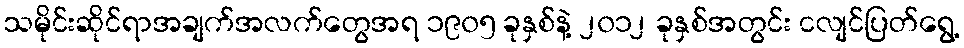
သမိုင်းဆိုင်ရာအချက်အလက်တွေအရ ၁၉၀၅ ခုနှစ်နဲ့ ၂၀၁၂ ခုနှစ်အတွင်း ငလျင်ပြတ်ရွေ့